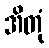
အိတုံ